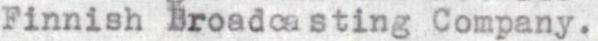
Finnish Broadcasting Company.